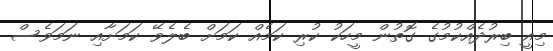
މިއީ ބިރުދެއްކުމުގެ ގޮތުން މީހަކު ކުރި ކަމެއް ކަމަށް ބެލެވޭ ކަމަށާއި ނަމަވެސް